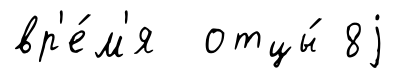
вр'е́м'я отцы́ 8j